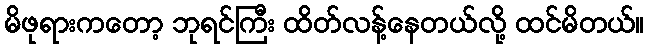
မိဖုရားကတော့ ဘုရင်ကြီး ထိတ်လန့်နေတယ်လို့ ထင်မိတယ်။